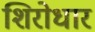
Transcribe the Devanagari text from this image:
शिरोधार